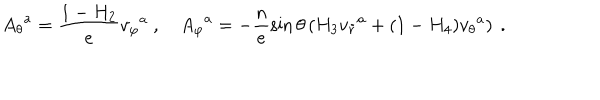
{ A _ { \theta } } ^ { a } = \frac { 1 - H _ { 2 } } { e } { v _ { \varphi } } ^ { a } \ , { A _ { \varphi } } ^ { a } = - \frac { n } { e } \sin \theta \left( H _ { 3 } { v _ { \tilde { r } } } ^ { a } + ( 1 - H _ { 4 } ) { v _ { \theta } } ^ { a } \right) \ .